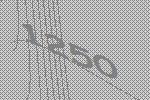
1250